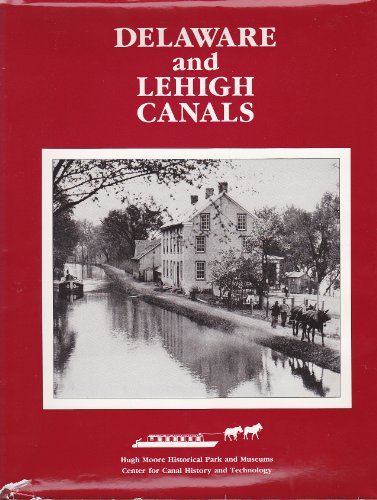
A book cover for Delaware and Lehigh Canals; Travel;